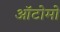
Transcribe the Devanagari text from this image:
ऑटोमो